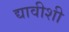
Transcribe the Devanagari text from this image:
द्यावीशी